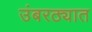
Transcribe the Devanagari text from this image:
उंबरठ्यात